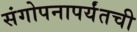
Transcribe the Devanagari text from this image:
संगोपनापर्यंतची